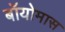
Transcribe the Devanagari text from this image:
बॉयोमास